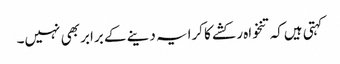
کہتی ہیں‌کہ تنخواہ رکشے کا کرایہ دینے کے برابر بھی نہیں۔